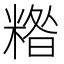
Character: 糌